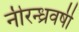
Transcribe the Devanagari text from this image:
नीरन्ध्रवर्षी